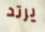
يرتد